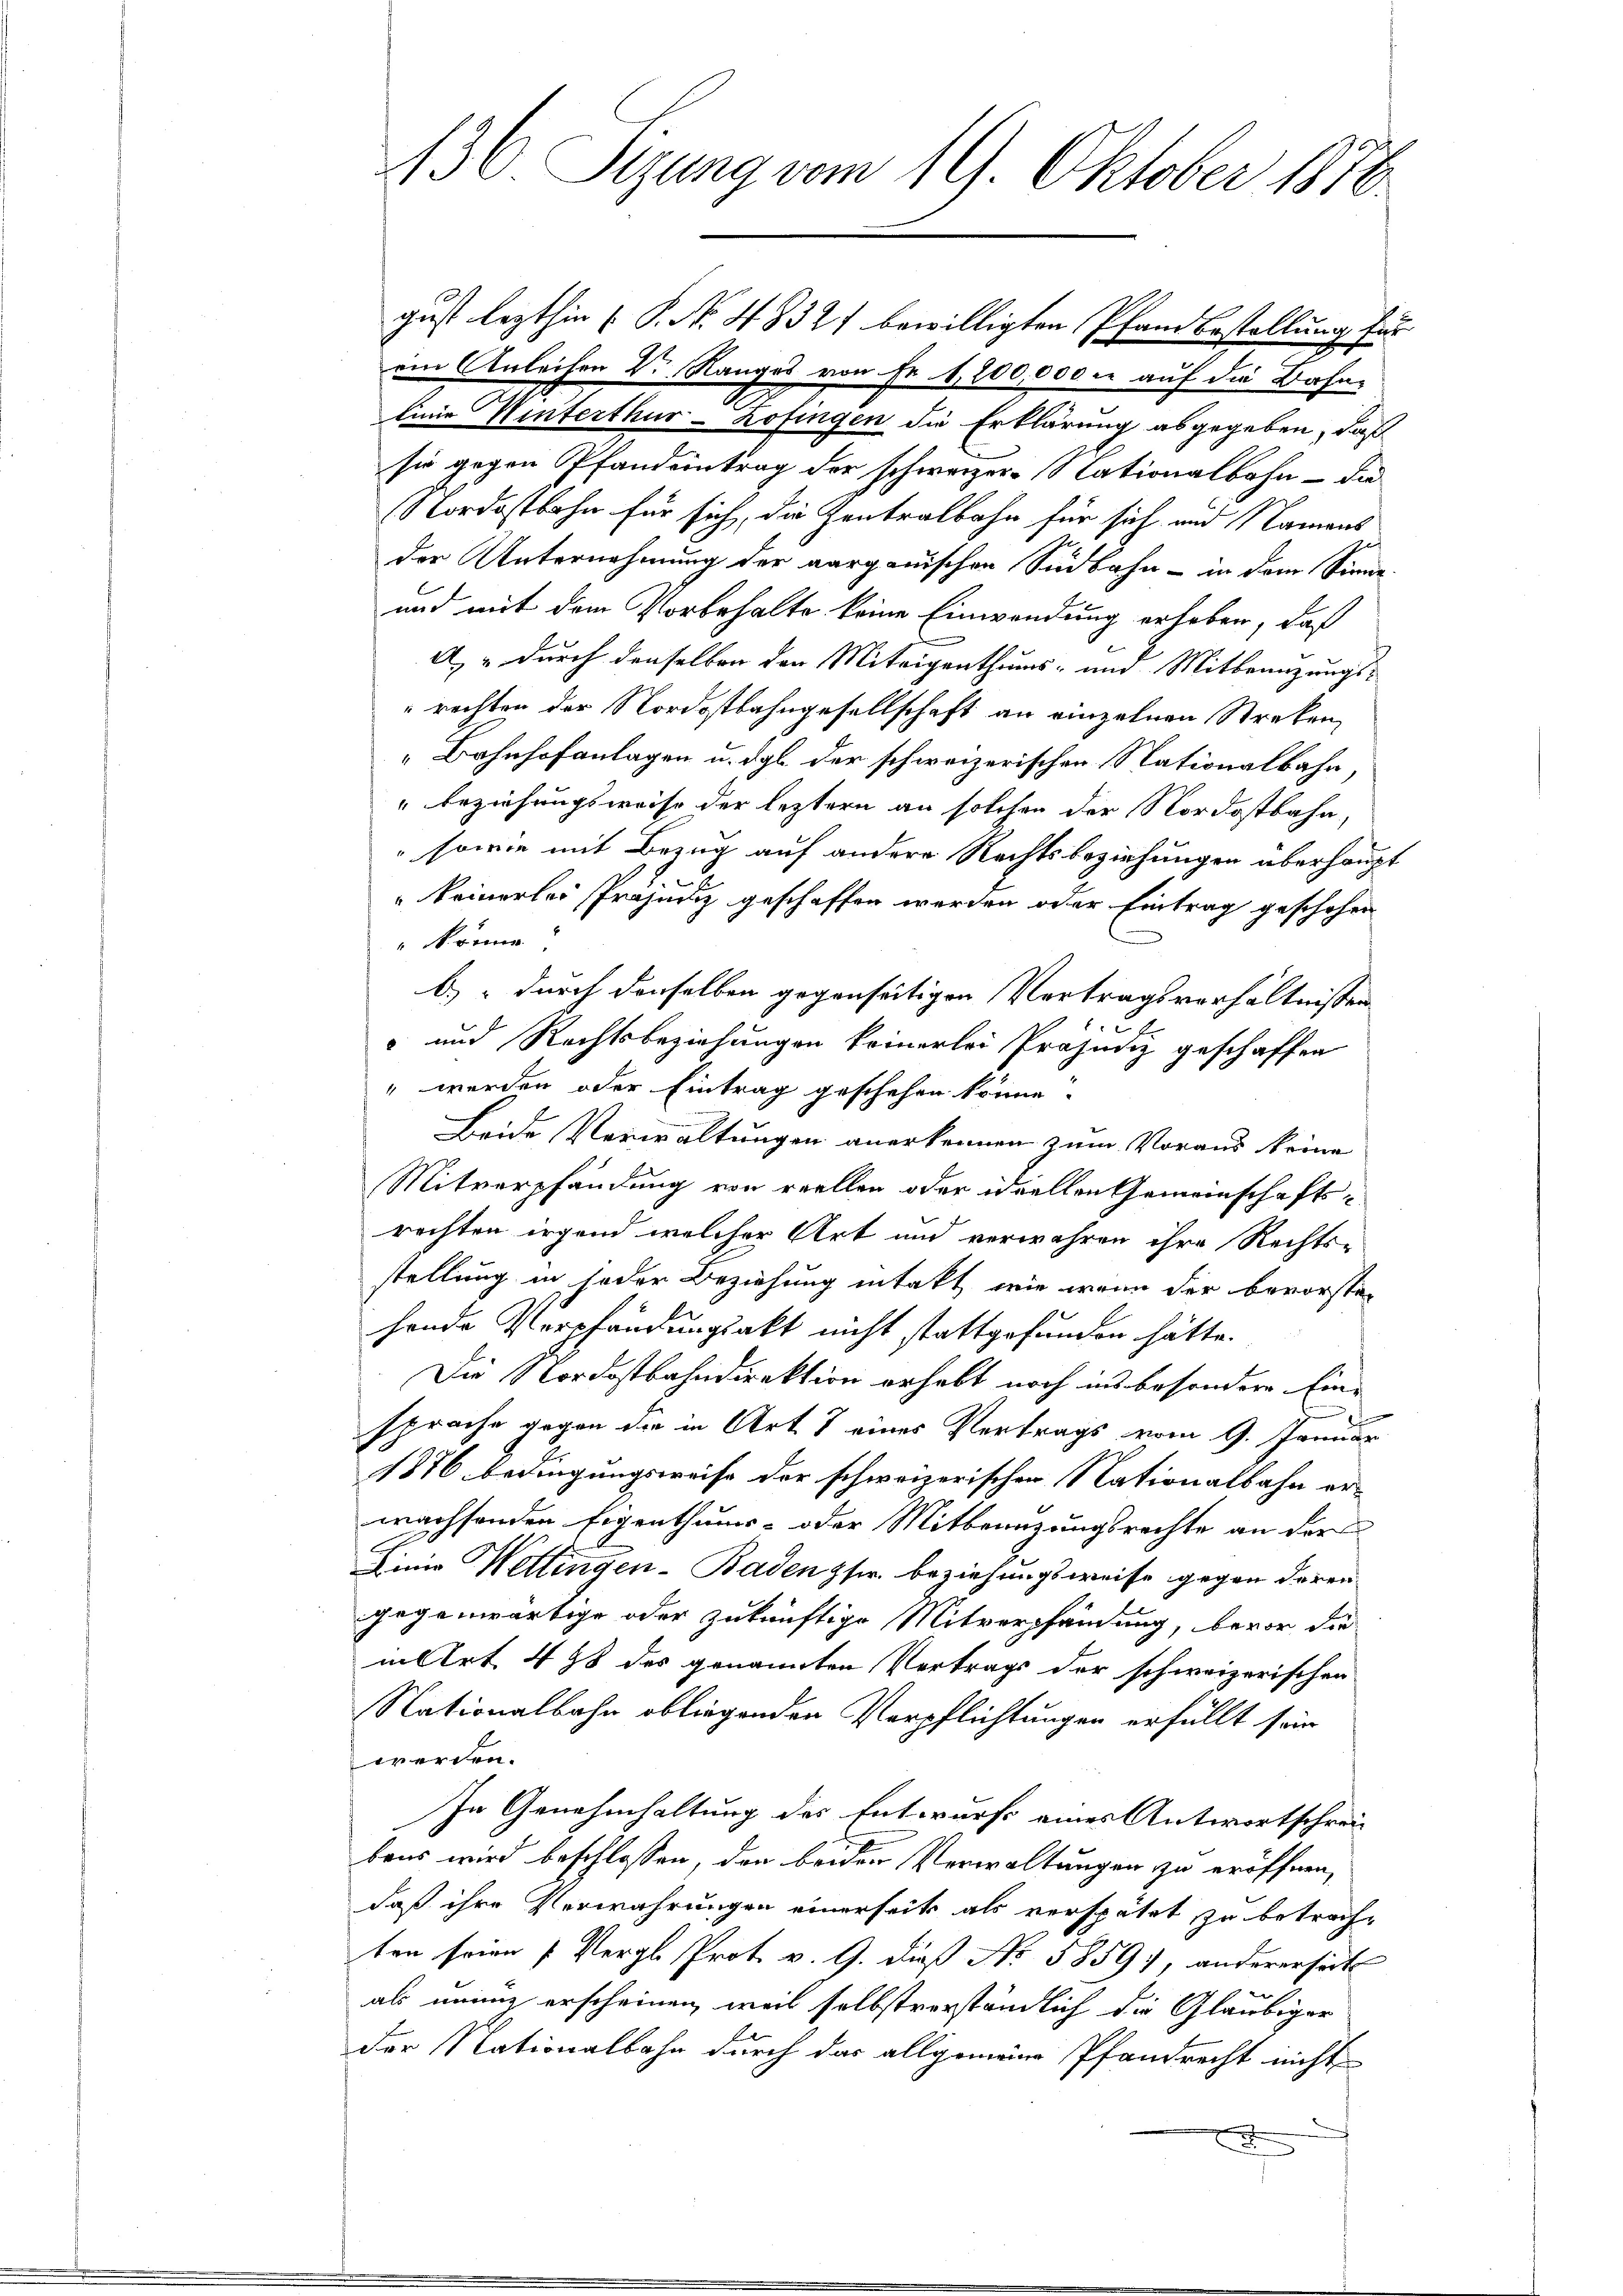
gust lezthin ( P. Nr. 48321 bewilligten Pfandbestellung für
ein Anleihen Dr Ranges von Fr. 1,200,000 auf die Bahn-
linie Winterthur - Zofingen die Erklärung abgegeben, daß
sie gegen Pfandeintrag der schweizer-Nationalbahn - die
Nordostbahn für sich, die Zentralbahn für sich und Nament
der Unternehmung der aarganischen Südbahn - in dem Sinne
und mit dem Vorbehalte keine Einwendung erhoben, daß
A., durch denselben den Miteigenthums- und Mittranzungs-
rechten der Nordostbahngesellschaft an einzelnen Streken,
Bahnhofanlagen u. dgl. der schweizerischen Nationalbahn,
" beziehungsweise der leztern an solchen der Nordostbahn,
sowie mit Bezug auf andere Rechtsbeziehungen überhaupt
keinerlei Präjudiz geschaffen werden oder Eintrag geschehen
" könne,
b.) durch denselben gegenseitigen Vertragsverhältnissen
u
 und Rechtsbeziehungen keinerlei Präsenz geschaffen
 werden oder Eintrag geschehen könne.
Beide Verwaltungen anerkennen zum Voraus keine
Mitverpfändung von reellen oder ideellen Gemeinschafts-
rechten irgend welcher Art und verwahren ihre Rechts-
stellung in jeder Beziehung intakt, wie wenn der bevorste-
hende Verpfändungsakt nicht stattgefunden hätte.
Die Nordostbahndirektion erhebt noch ins besondere Ein-
sprache gegen die in Art. 7 eines Vertrags vom 9. Januar
1876 bedingungsweise der schweizerischen Nationalbahn er-
wachsenden Eigenthums- oder Mitbeinzungsrechte an der
Linie Hettingen - Baden fr. beziehungsweise gegen deren
gegenwärtige oder zukünftige Mitverpfändung, bevor die
in Art. 498 des genannten Vertrags der schweizerischen
Nationalbahn obliegenden Verpflichtungen erfüllt sein
werden.
In Genehmhaltung des Entwurf eines Antwortschrei
bens wird beschlossen, den beider Verwaltungen zu eröffnen,
daß ihre Verwahrungen einerseits als verspätet zu betrachten seien (Vergl. Prot v. G. dieß No 58594, andererseit
e
als unung erscheinen, weil selbstverständlich die Gläubiger
der Nationalbahn durch das allgemeine Pfandrecht nicht
.

136. Sizung vom 19. Oktober 1876